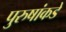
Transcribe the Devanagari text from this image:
पुरुषांकडे